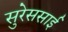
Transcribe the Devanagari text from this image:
सुरेससाई